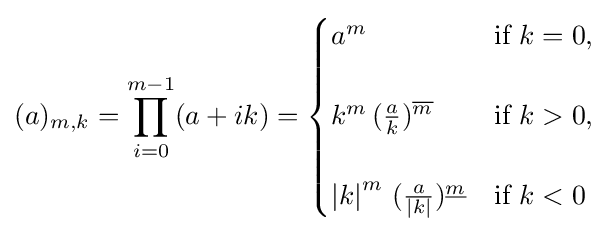
(a)_{m,k}=\prod _{i=0}^{m-1}(a+ik)={\begin{cases}a^{m}&{\text{if }}k=0,\\\\k^{m}\,({\frac {a}{k}})^{\overline {m}}&{\text{if }}k>0,\\\\\left|k\right|^{m}\,({\frac {a}{\left|k\right|}})^{\underline {m}}&{\text{if }}k<0\end{cases}}